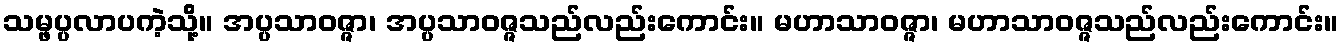
သမ္ဖပ္ပလာပကဲ့သို့။ အပ္ပသာဝဇ္ဇာ၊ အပ္ပသာဝဇ္ဇသည်လည်းကောင်း။ မဟာသာဝဇ္ဇာ၊ မဟာသာဝဇ္ဇသည်လည်းကောင်း။